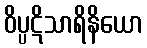
ဝိပ္ပဋိသာရိနိယော